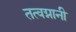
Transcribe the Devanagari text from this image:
तत्वग्नानी